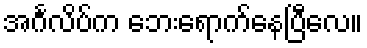
အင်္ဂလိပ်က ဘေးရောက်နေပြီလေ။